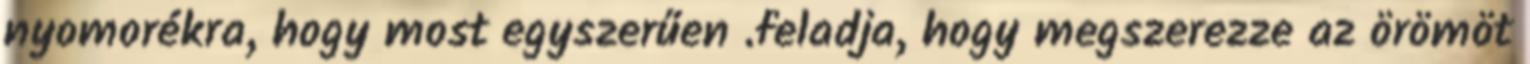
nyomorékra, hogy most egyszerűen .feladja, hogy megszerezze az örömöt